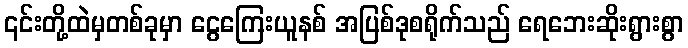
၎င်းတို့ထဲမှတစ်ခုမှာ ငွေကြေးယူနစ် အပြစ်ဒုစရိုက်သည် ရေဘေးဆိုးရွားစွာ